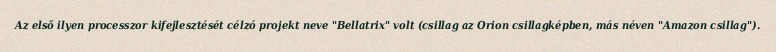
Az első ilyen processzor kifejlesztését célzó projekt neve "Bellatrix" volt (csillag az Orion csillagképben, más néven "Amazon csillag").